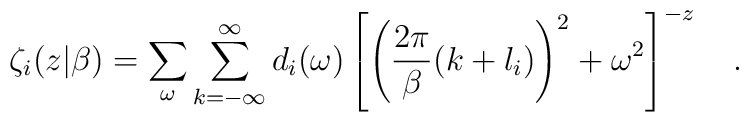
\zeta_i(z|\beta)=\sum_{\omega}\sum_{k=-\infty}^{\infty}d_i(\omega)\left[\left({2\pi \over \beta}(k+l_i)\right)^2+\omega^2\right]^{-z}~~~.